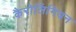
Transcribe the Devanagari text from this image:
कैरोलिंगियन